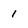
Character: 1